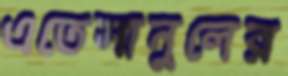
এতেসানুলের